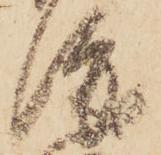
渡